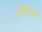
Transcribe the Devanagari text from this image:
अमोनियाचे